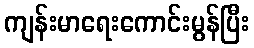
ကျန်းမာရေးကောင်းမွန်ပြီး